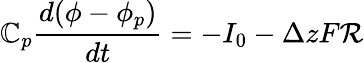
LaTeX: \mathbb{C}_{p}\frac{d(\phi-\phi_{p})}{dt}=-I_{0}-\Delta zF\mathcal{R}